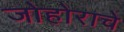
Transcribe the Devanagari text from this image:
जोहोराचे